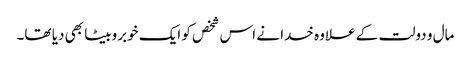
مال و دولت کے علاوہ خدا نے اس شخص کو ایک خوبروبیٹا بھی دیا تھا۔